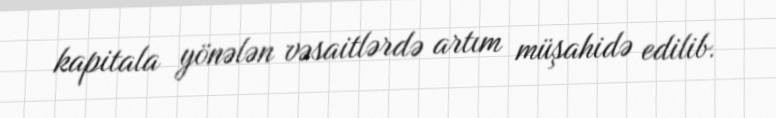
kapitala yönələn vəsaitlərdə artım müşahidə edilib.